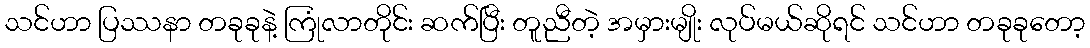
သင်ဟာ ပြဿနာ တခုခုနဲ့ ကြုံလာတိုင်း ဆက်ပြီး တူညီတဲ့ အမှားမျိုး လုပ်မယ်ဆိုရင် သင်ဟာ တခုခုတော့